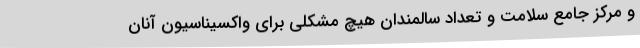
و مرکز جامع سلامت و تعداد سالمندان هیچ مشکلی برای واکسیناسیون آنان